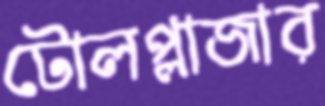
টোলপ্লাজার